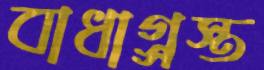
বাধাগ্র্রস্ত